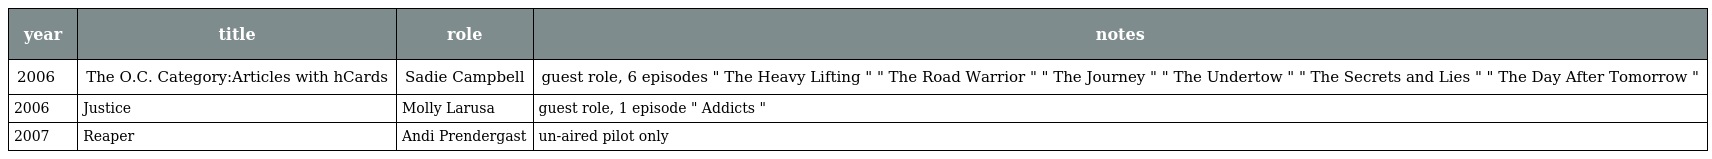
| year | title | role | notes |
 | --- | --- | --- | --- |
 | 2006 | The O.C. Category:Articles with hCards | Sadie Campbell | guest role, 6 episodes " The Heavy Lifting " " The Road Warrior " " The Journey " " The Undertow " " The Secrets and Lies " " The Day After Tomorrow " |
 | 2006 | Justice | Molly Larusa | guest role, 1 episode " Addicts " |
 | 2007 | Reaper | Andi Prendergast | un-aired pilot only |